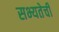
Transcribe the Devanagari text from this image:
सभ्यतेची